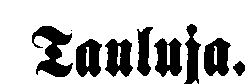
Tauluja.